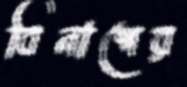
বিনাশের